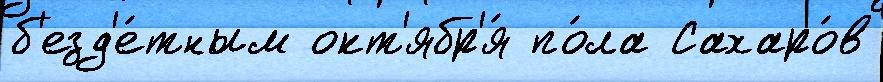
б'езд'е́тным окт'ябр'я́ по́ла Сахаро́в